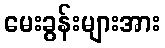
မေးခွန်းများအား